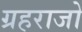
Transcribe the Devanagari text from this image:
ग्रहराजो